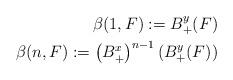
LaTeX: \begin{align*} \beta(1,F) := B_+^y(F) \\ \beta(n,F) := \left(B_+^x\right)^{n-1}\left(B_+^y(F)\right) \end{align*}